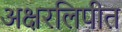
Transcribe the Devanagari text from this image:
अक्षरलिपीत